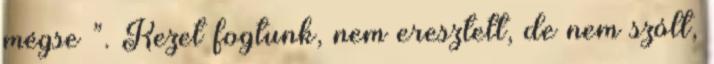
mégse ”. Ke­zet fogtunk, nem eresztett, de nem szólt,